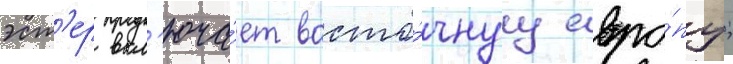
эст'ер вкл'юча́ет восто́чнуу евро́пу;